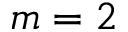
m = 2